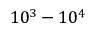
1 0 ^ { 3 } - 1 0 ^ { 4 }